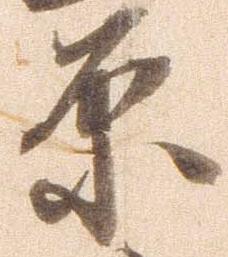
原